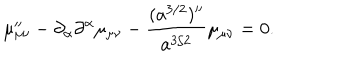
LaTeX: \mu _ { \mu \nu } ^ { \prime \prime } - \partial _ { \alpha } \partial ^ { \alpha } \mu _ { \mu \nu } - \frac { ( a ^ { 3 / 2 } ) ^ { \prime \prime } } { a ^ { 3 / 2 } } \mu _ { \mu \nu } = 0 .